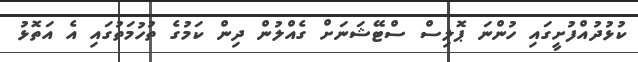
ކުޅުދުއްފުށީގައި ހުންނަ ޕޮލިސް ސްޓޭޝަނަށް ގެއްލުން ދިން ކަމުގެ ތުހުމަތުގައި އެ އަތޮޅު